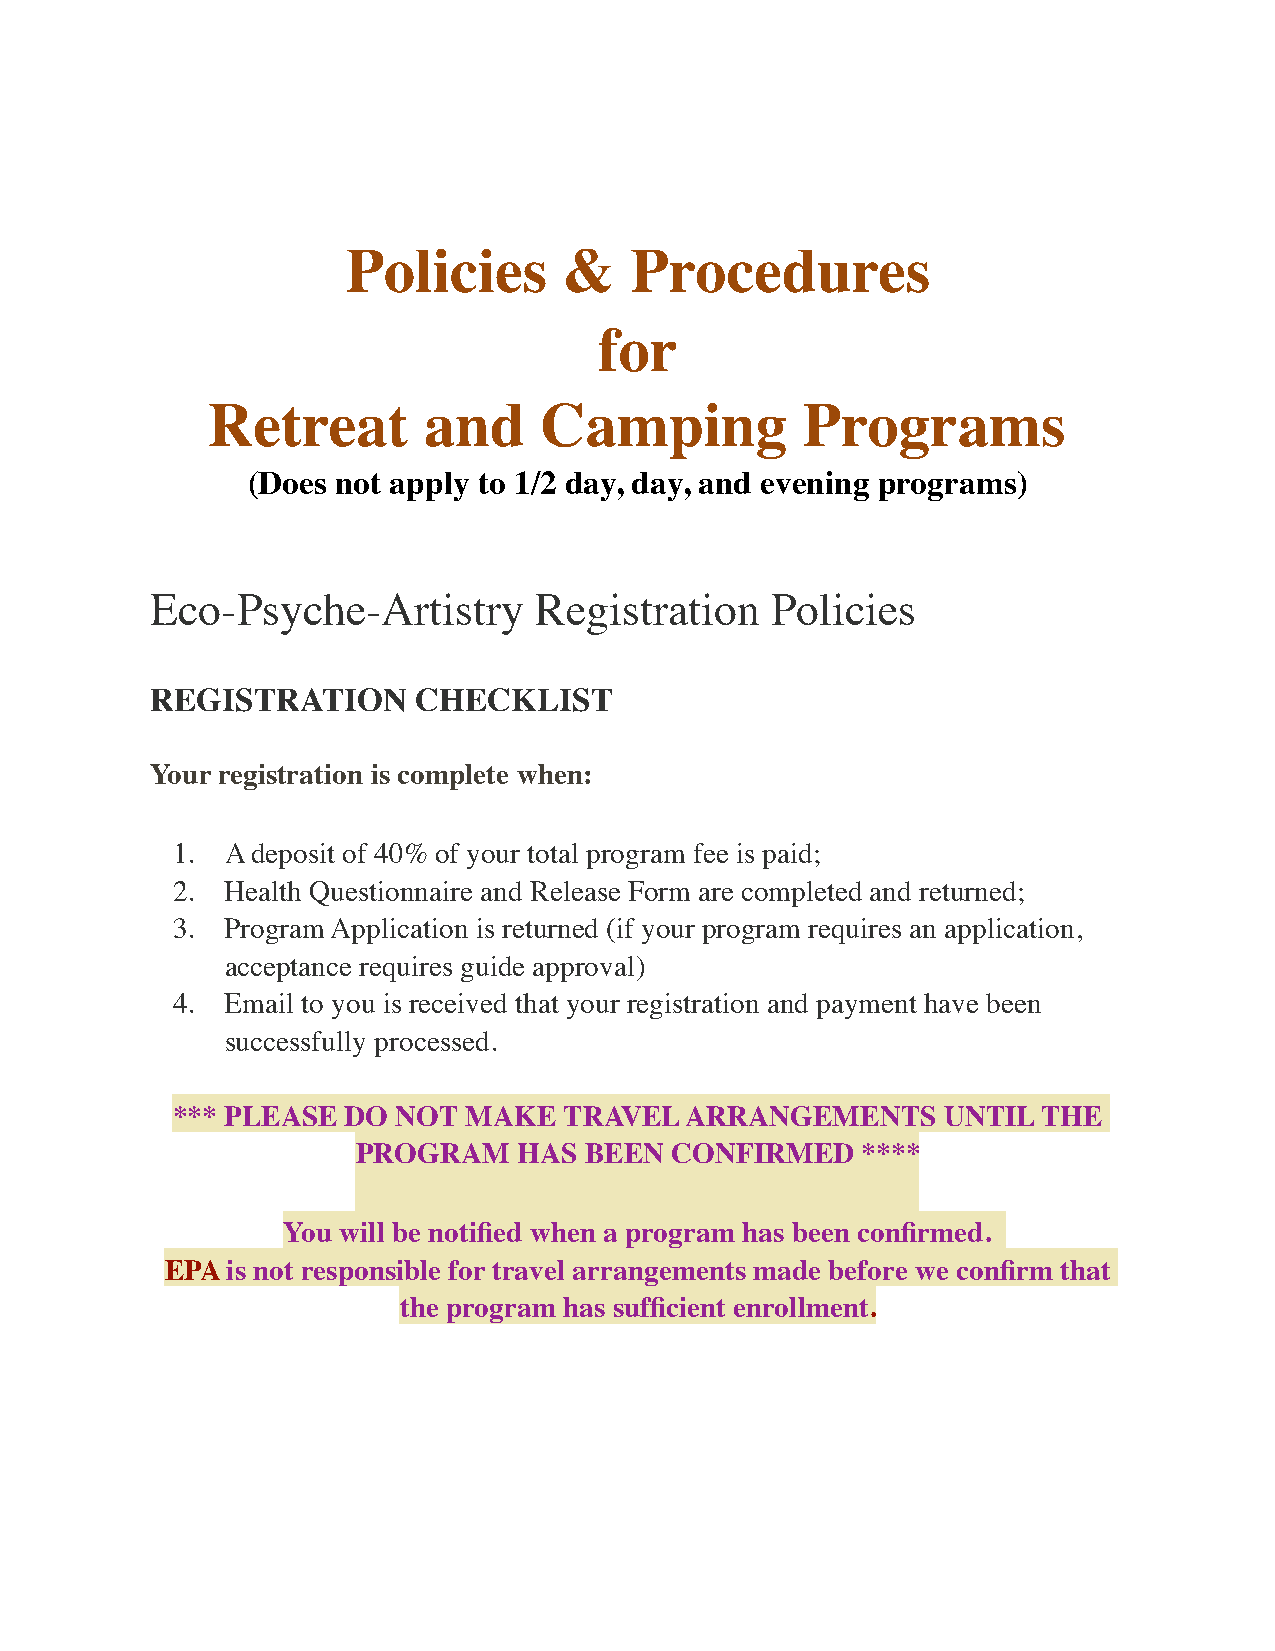
Policies      &    Procedures
 for
 Retreat       and     Camping          Programs
 (Does not apply to 1/2 day, day, and evening programs)
 Eco-Psyche-Artistry      Registration    Policies
 REGISTRATION     CHECKLIST
 Your registration is complete when:
 1.  A deposit of 40% of your total program fee is paid;
 2.  Health Questionnaire and Release Form are completed and returned;
 3.  Program Application is returned (if your program requires an application,
 acceptance requires guide approval)
 4.  Email to you is received that your registration and payment have been
 successfully processed.
 *** PLEASE  DO NOT  MAKE  TRAVEL  ARRANGEMENTS     UNTIL  THE
 PROGRAM   HAS  BEEN CONFIRMED    ****
 You will be notified when a program has been confirmed.
 EPA is not responsible for travel arrangements made before we confirm that
 the program has sufficient enrollment.